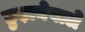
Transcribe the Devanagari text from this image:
छुड़ानेवाले